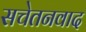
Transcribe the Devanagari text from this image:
सचेतनवाद